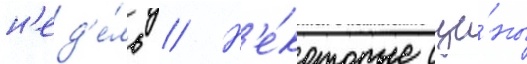
н'ед'е́ль // Н'е́которые сце́ны